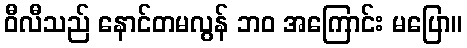
ဝီလီသည် နောင်တမလွန် ဘဝ အကြောင်း မပြော။